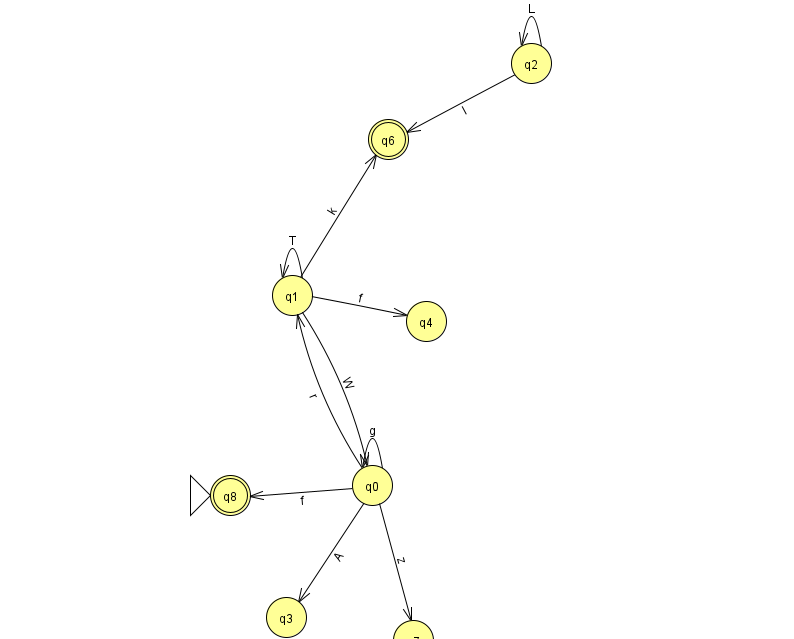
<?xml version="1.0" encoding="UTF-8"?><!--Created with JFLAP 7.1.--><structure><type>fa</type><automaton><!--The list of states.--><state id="0" name="q0"><x>372.0</x><y>472.0</y></state><state id="1" name="q1"><x>292.0</x><y>282.0</y></state><state id="2" name="q2"><x>531.0</x><y>50.0</y></state><state id="3" name="q3"><x>286.0</x><y>604.0</y></state><state id="4" name="q4"><x>426.0</x><y>308.0</y></state><state id="6" name="q6"><x>388.0</x><y>126.0</y><final/></state><state id="7" name="q7"><x>413.0</x><y>627.0</y></state><state id="8" name="q8"><x>230.0</x><y>482.0</y><initial/><final/></state><!--The list of transitions.--><transition><from>1</from><to>0</to><read>W</read></transition><transition><from>2</from><to>6</to><read>l</read></transition><transition><from>0</from><to>7</to><read>z</read></transition><transition><from>0</from><to>8</to><read>f</read></transition><transition><from>0</from><to>1</to><read>r</read></transition><transition><from>1</from><to>1</to><read>T</read></transition><transition><from>1</from><to>4</to><read>f</read></transition><transition><from>0</from><to>0</to><read>g</read></transition><transition><from>2</from><to>2</to><read>L</read></transition><transition><from>0</from><to>3</to><read>A</read></transition><transition><from>1</from><to>6</to><read>k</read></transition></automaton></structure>